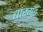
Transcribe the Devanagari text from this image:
बारगुंड